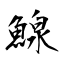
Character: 鰁